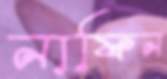
নাফিন